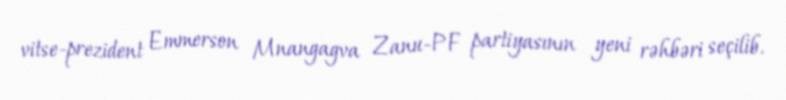
vitse-prezident Emmerson Mnangagva Zanu-PF partiyasının yeni rəhbəri seçilib.